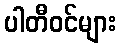
ပါတီဝင်များ